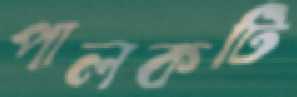
পালকটি